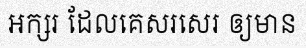
អក្សរ ដែលគេសរសេរ ឲ្យមាន